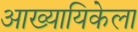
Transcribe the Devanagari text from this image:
आख्यायिकेला